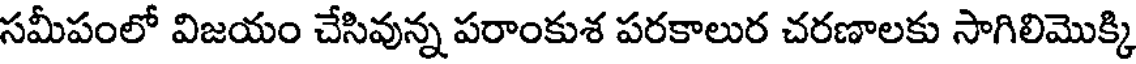
సమీపంలో విజయం చేసివున్న పరాంకుశ పరకాలుర చరణాలకు సాగిలిమొక్కి